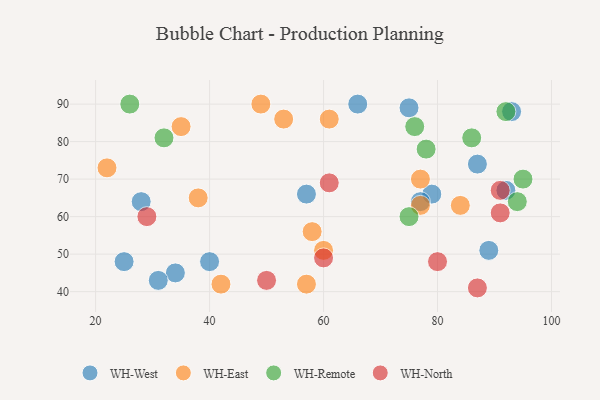
{"axis": {"x": "GDP", "y": "Life Expectancy"}, "legend": ["WH-East", "WH-North", "WH-Remote", "WH-West"], "data": [{"x": "66", "y": 90, "type": "WH-West"}, {"x": "34", "y": 45, "type": "WH-West"}, {"x": "25", "y": 48, "type": "WH-West"}, {"x": "93", "y": 88, "type": "WH-West"}, {"x": "28", "y": 64, "type": "WH-West"}, {"x": "79", "y": 66, "type": "WH-West"}, {"x": "31", "y": 43, "type": "WH-West"}, {"x": "77", "y": 64, "type": "WH-West"}, {"x": "40", "y": 48, "type": "WH-West"}, {"x": "92", "y": 67, "type": "WH-West"}, {"x": "89", "y": 51, "type": "WH-West"}, {"x": "57", "y": 66, "type": "WH-West"}, {"x": "87", "y": 74, "type": "WH-West"}, {"x": "75", "y": 89, "type": "WH-West"}, {"x": "53", "y": 86, "type": "WH-East"}, {"x": "22", "y": 73, "type": "WH-East"}, {"x": "42", "y": 42, "type": "WH-East"}, {"x": "61", "y": 86, "type": "WH-East"}, {"x": "77", "y": 70, "type": "WH-East"}, {"x": "35", "y": 84, "type": "WH-East"}, {"x": "49", "y": 90, "type": "WH-East"}, {"x": "77", "y": 63, "type": "WH-East"}, {"x": "58", "y": 56, "type": "WH-East"}, {"x": "84", "y": 63, "type": "WH-East"}, {"x": "38", "y": 65, "type": "WH-East"}, {"x": "60", "y": 51, "type": "WH-East"}, {"x": "57", "y": 42, "type": "WH-East"}, {"x": "95", "y": 70, "type": "WH-Remote"}, {"x": "78", "y": 78, "type": "WH-Remote"}, {"x": "26", "y": 90, "type": "WH-Remote"}, {"x": "32", "y": 81, "type": "WH-Remote"}, {"x": "76", "y": 84, "type": "WH-Remote"}, {"x": "86", "y": 81, "type": "WH-Remote"}, {"x": "75", "y": 60, "type": "WH-Remote"}, {"x": "94", "y": 64, "type": "WH-Remote"}, {"x": "92", "y": 88, "type": "WH-Remote"}, {"x": "60", "y": 49, "type": "WH-North"}, {"x": "87", "y": 41, "type": "WH-North"}, {"x": "61", "y": 69, "type": "WH-North"}, {"x": "29", "y": 60, "type": "WH-North"}, {"x": "50", "y": 43, "type": "WH-North"}, {"x": "91", "y": 61, "type": "WH-North"}, {"x": "91", "y": 67, "type": "WH-North"}, {"x": "80", "y": 48, "type": "WH-North"}]}